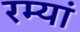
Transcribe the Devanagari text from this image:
रम्यां